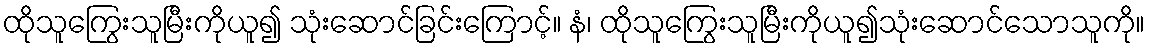
ထိုသူကြွေးသူမြီးကိုယူ၍ သုံးဆောင်ခြင်းကြောင့်။ နံ၊ ထိုသူကြွေးသူမြီးကိုယူ၍သုံးဆောင်သောသူကို။